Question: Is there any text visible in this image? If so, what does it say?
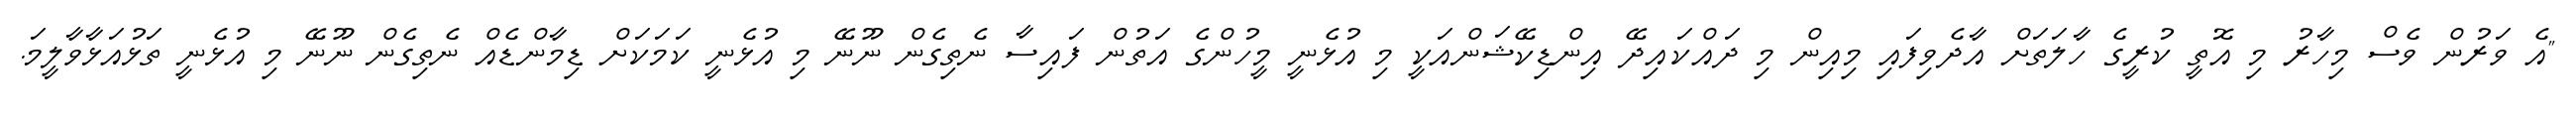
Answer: "އެ ވަރުން ވެސް މިހާރު މި އޮތީ ކުރީގެ ހާލަތަށް އާދެވިފައި މިއިން މި ދައްކައިދޭ އިންޑިކޭޝަންއަކީ މި އުޅެނީ މީހުންގެ އަތުން ފައިސާ ނެތިގެން ނޫނޭ މި އުޅެނީ ކަމަކަށް ޑިމާންޑެއް ނެތިގެން ނޫނޭ މި އުޅެނީ ތަޅުއަޅާވާލީމަ.